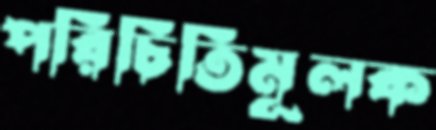
পরিচিতিমূলক